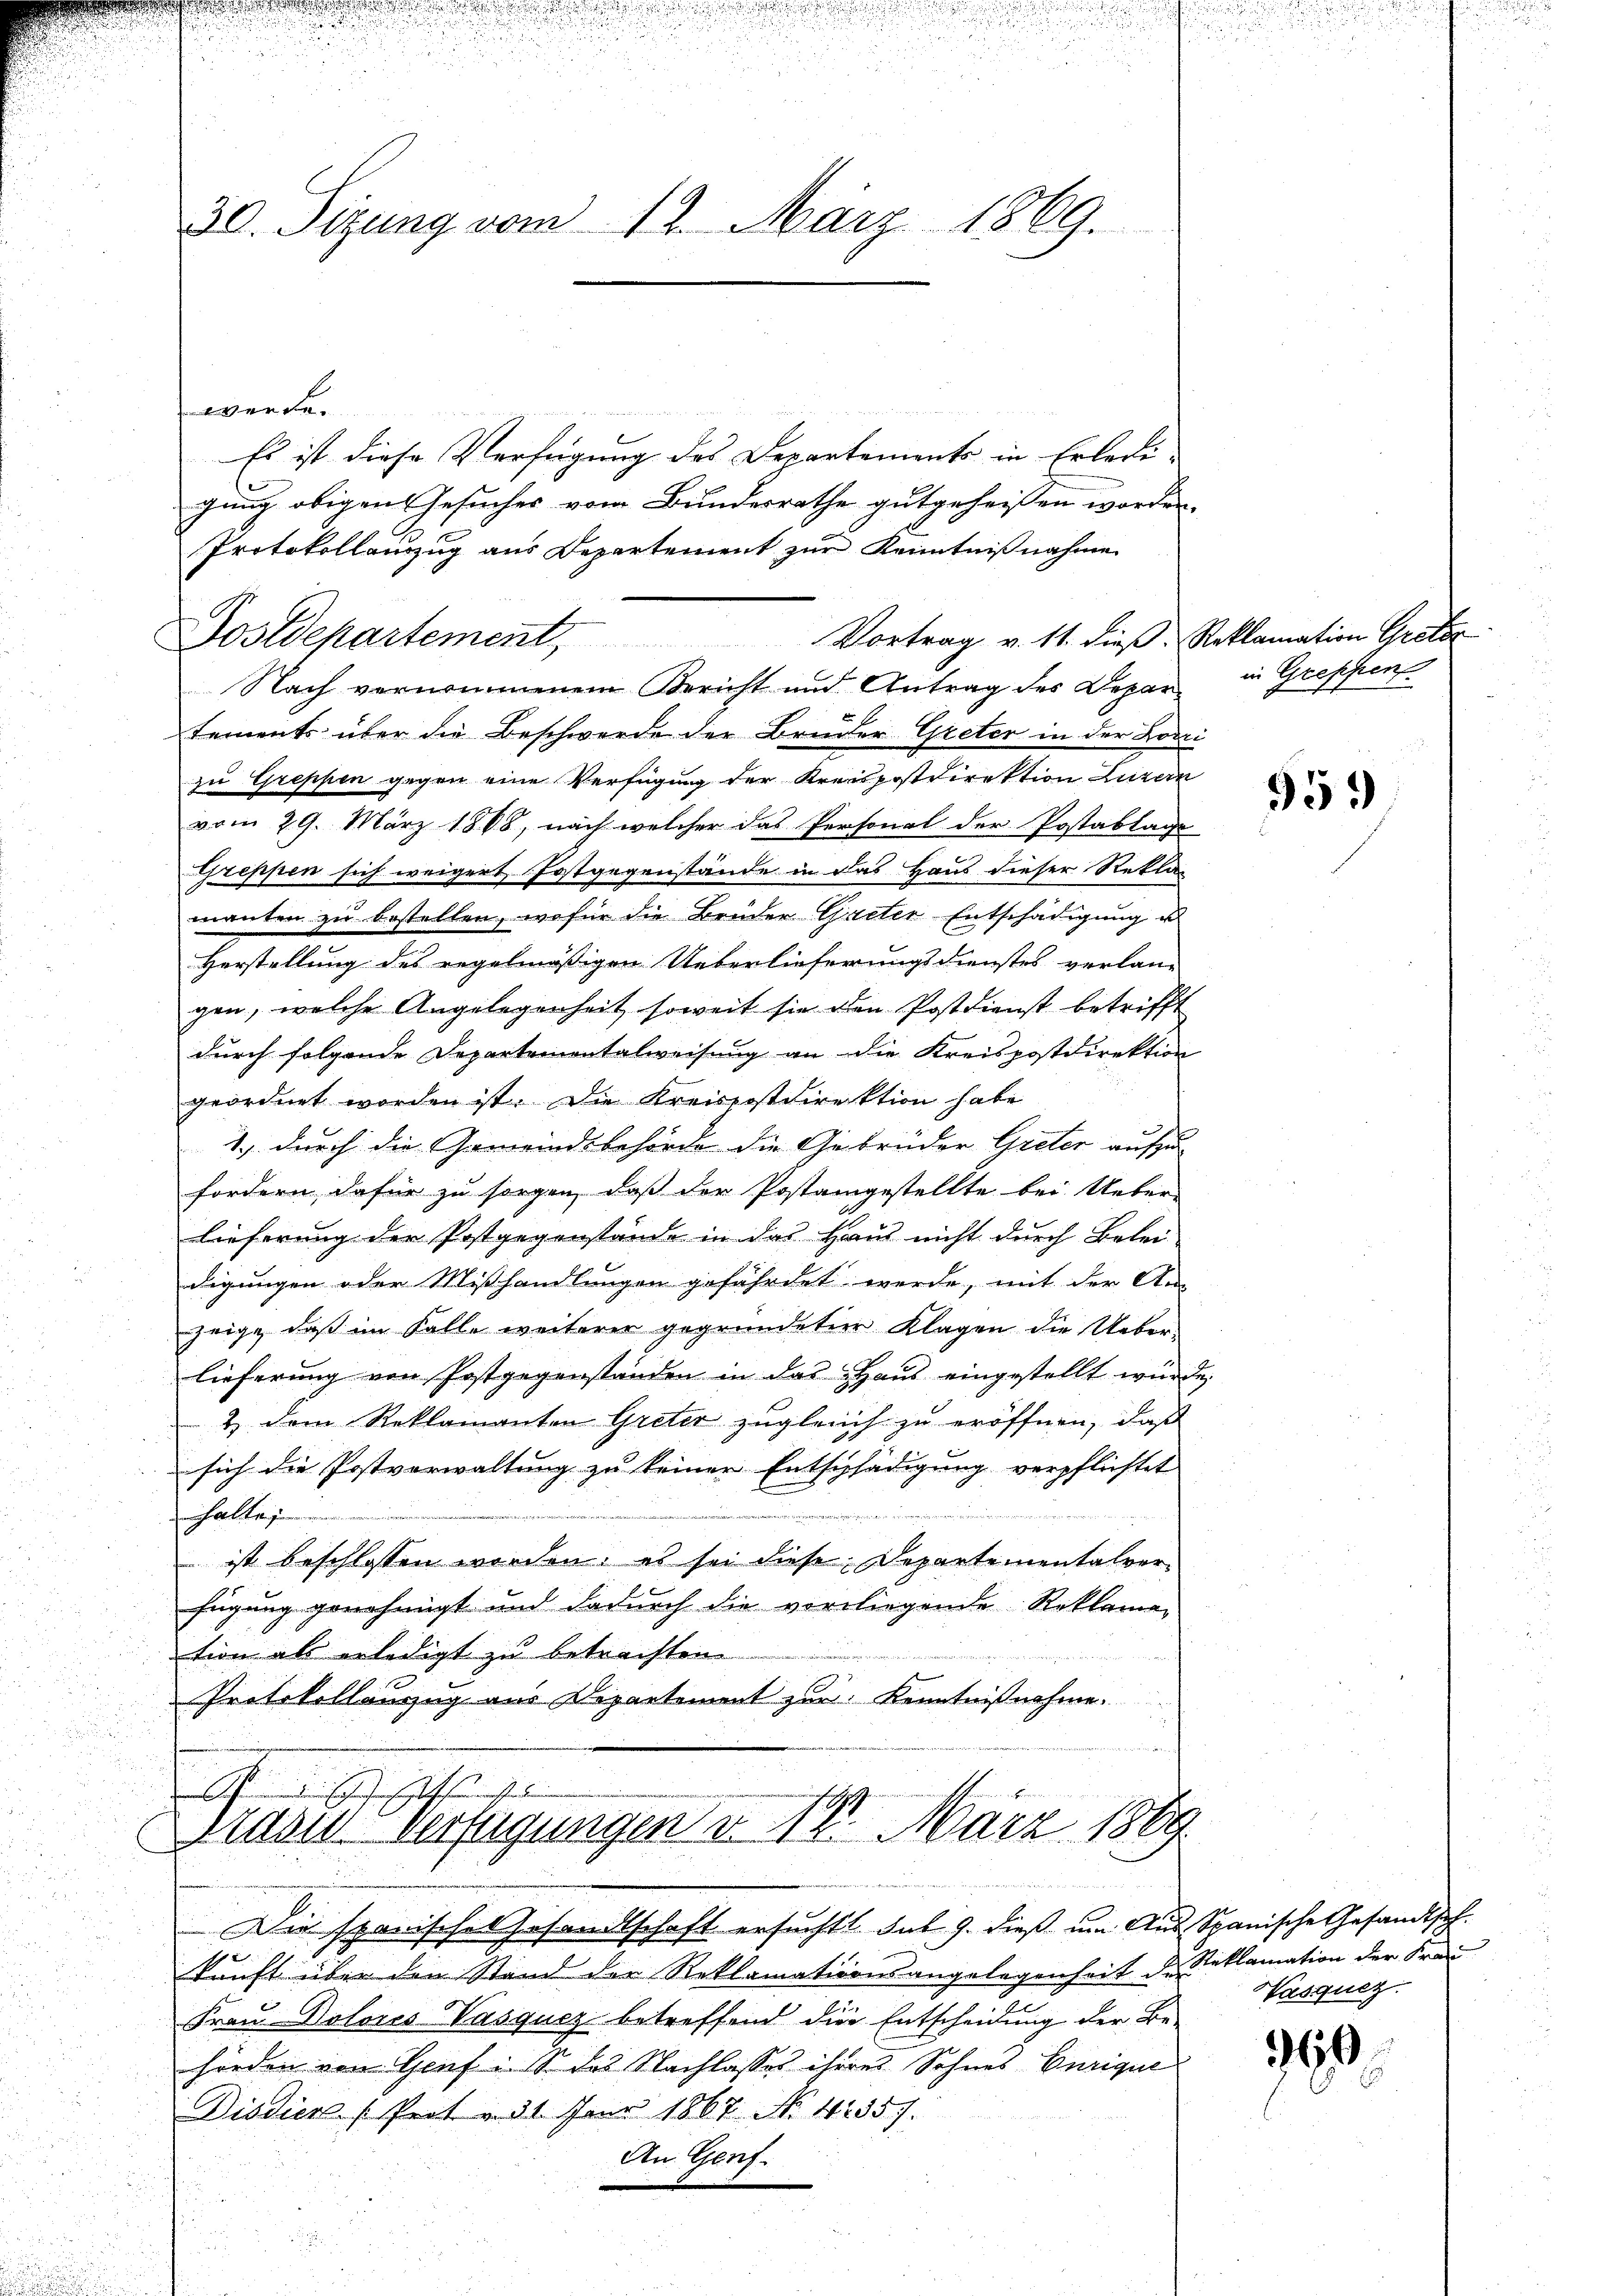
30. Sizung vom 12. März 1869.

werde.
Es ist diese Verfügung des Departements in Erledigung obigen Gesuches vom Bundesrathe gutgeheißen worden.
Protokollauszug aus Departement zŭr Kenntniβnahme
Nach vernommenem Bericht und Antrag des Departements über die Beschwerde der Bruder Greter in der Lodei
zu Greppen gegen eine Verfügung der Kreispostdirektion Luzern
vom 29. März 1868, nach welcher das Personal der Postablage
Greppen sich weigert Festgegenstände in das Haus dieser Rekla-
manten zu bestellen, wofür die Brüder Gaeter Entschädigung u
Herstellung des regelmäßigen Ueberlieferungsdienstes verlan-
gen, welche Angelegenheit, soweit sie den Postdienst betrifft
durch folgende Departementalweisung an die Kreispostdirektion
geordnet worden ist. Die Kreiserstdirektion habe
1., durch die Gemeindsbehörde die Gebrüder Gieter aufzufordern, dafür zu sorgen, daß der Postangestellte bei Ueber-
lieferung der Postgegenstände in das Haus nicht durch Belei-
digungen oder Mißhandlungen gefährdet werde, mit der An-
zeige, daß im Falle weiterer gegründeter Klagen die Ueberlieferung von Postgegenständen in das Haus eingestellt wurde.
& dem Reklamanten Greter zugleich zu eröffnen, daß
sich die Postverwaltung zu keiner Entschädigung verpflichtet
halte
 ist beschlossen worden; es sei diese Departementalverfügung genehmigt und dadurch die vorliegende Reklama-
tion als erledigt zu betrachten.
Protokollauzug aus Departement zur Kenntnißnahme.
A . . . .
Petaris Verfügungen v. 18. März 1889

n

Postdepartement, Vortrag v. 11. dieβ. Reklamation Greter

Die spanisches Gesandtschaft ersucht. sub. 9. dieß um Aus Spanische Gesandtschkunft über den Stand der Reklamationsangelegenheit der Reklamation der Frau
Frau Dolores Vasqucz betreffend die Entscheidung der Be-
hörden von Genf i. So das Nachlasses ihres Sohnes Eurigue
Disdien (Prot v. 31. Janr 1867 No 42357.
An Genf.

in Greffent

959

Nasqucz

360